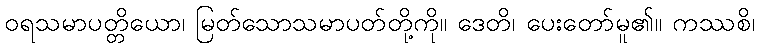
ဝရသမာပတ္တိယော၊ မြတ်သောသမာပတ်တို့ကို။ ဒေတိ၊ ပေးတော်မူ၏။ ကဿစိ၊